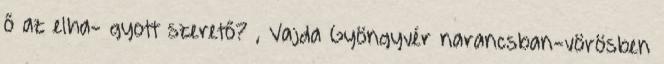
ő az elha- gyott szerető? , Vajda Gyöngyvér narancsban-vörösben